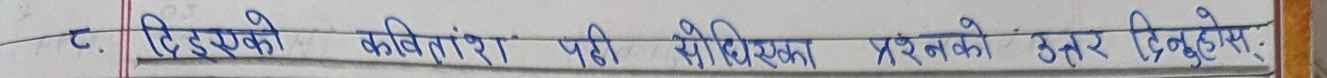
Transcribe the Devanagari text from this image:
२. दिइएको कवितांश पढी सोधिएका प्रश्नको उत्तर दिनुहोस्: